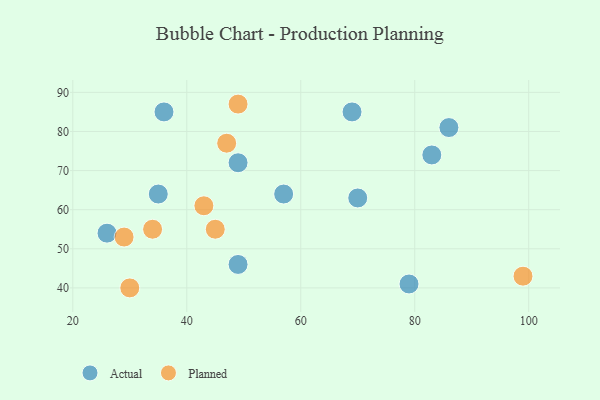
{"axis": {"x": "GDP", "y": "Life Expectancy"}, "legend": ["Actual", "Planned"], "data": [{"x": "49", "y": 72, "type": "Actual"}, {"x": "35", "y": 64, "type": "Actual"}, {"x": "49", "y": 46, "type": "Actual"}, {"x": "86", "y": 81, "type": "Actual"}, {"x": "26", "y": 54, "type": "Actual"}, {"x": "36", "y": 85, "type": "Actual"}, {"x": "69", "y": 85, "type": "Actual"}, {"x": "79", "y": 41, "type": "Actual"}, {"x": "83", "y": 74, "type": "Actual"}, {"x": "57", "y": 64, "type": "Actual"}, {"x": "70", "y": 63, "type": "Actual"}, {"x": "49", "y": 87, "type": "Planned"}, {"x": "47", "y": 77, "type": "Planned"}, {"x": "30", "y": 40, "type": "Planned"}, {"x": "99", "y": 43, "type": "Planned"}, {"x": "45", "y": 55, "type": "Planned"}, {"x": "43", "y": 61, "type": "Planned"}, {"x": "34", "y": 55, "type": "Planned"}, {"x": "29", "y": 53, "type": "Planned"}]}